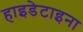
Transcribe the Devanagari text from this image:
हाइडेटाइना